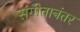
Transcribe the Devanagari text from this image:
संगीतानंतर